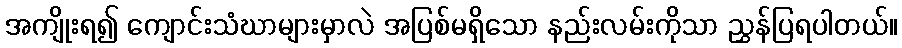
အကျိုးရ၍ ကျောင်းသံဃာများမှာလဲ အပြစ်မရှိသော နည်းလမ်းကိုသာ ညွှန်ပြရပါတယ်။